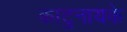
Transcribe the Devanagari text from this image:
काटुनायके